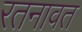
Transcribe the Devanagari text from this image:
रतनावत